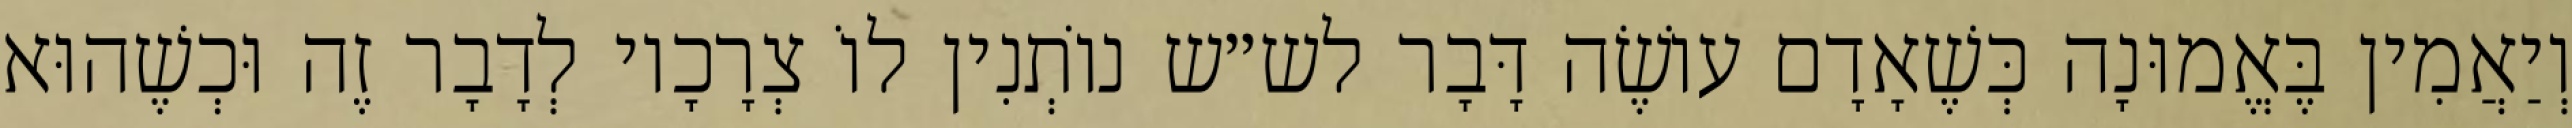
וְיַאֲמִין בֶּאֱמוּנָה כְּשֶׁאָדָם עוֹשֶׂה דָּבָר לש״ש נוֹתְנִין לוֹ צְרָכָיו לְדָבָר זֶה וּכְשֶׁהוּא